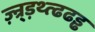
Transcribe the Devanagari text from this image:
ज़्न्र्ड़थ्त्ढढड्ढ